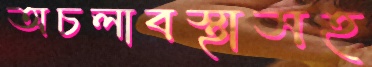
অচলাবস্থাসহ